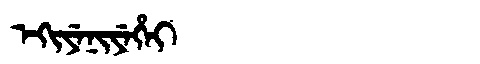
Manchu: ᡝᡴᡳᠶᡝᠨᡳᠶᡝᡥᡝᡳ
Romanization: EKIYENIYEHEI